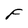
Character: F